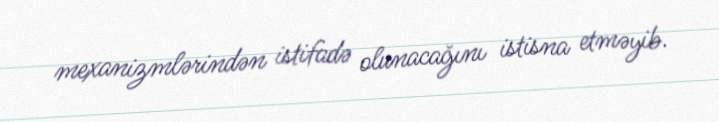
mexanizmlərindən istifadə olunacağını istisna etməyib.